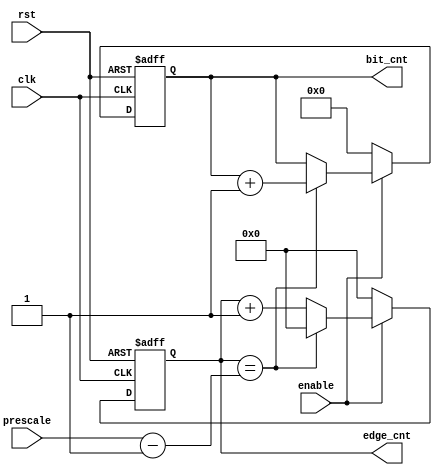
module edge_bit_cnt #(parameter FRAME_SIZE = 11)
 (
  input wire enable,
  input wire clk,rst,
  input wire [4:0] prescale, // prescale value = 4,8,16,32
  output reg [5:0] edge_cnt, // counting posegde of clk
  output reg [3:0] bit_cnt //counting number of bits of frame
  );

  
always @(posedge clk or negedge rst)begin

  if(!rst)begin
    edge_cnt <= 6'd0;
    bit_cnt <= 4'd0;
  end  

  else if(enable)begin
    edge_cnt <= edge_cnt + 6'd1;
    if(edge_cnt == prescale-5'd1)begin
      edge_cnt <= 6'd0;
      bit_cnt <= bit_cnt +4'd1;
    end
    end
    
  else begin
      edge_cnt <= 6'd0;
      bit_cnt <= 4'd0;
  end  
  
end
endmodule